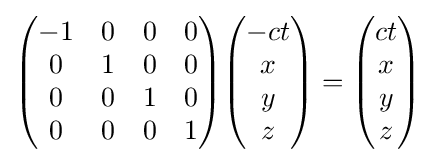
{\begin{pmatrix}-1&0&0&0\\0&1&0&0\\0&0&1&0\\0&0&0&1\end{pmatrix}}{\begin{pmatrix}-ct\\x\\y\\z\end{pmatrix}}={\begin{pmatrix}ct\\x\\y\\z\end{pmatrix}}